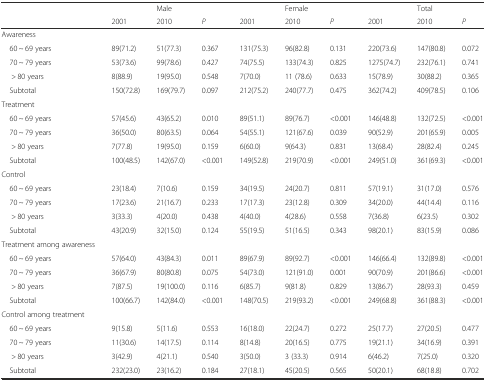
<table><thead><tr><td></td><td></td><td><b>Male</b></td><td></td><td></td><td><b>Female</b></td><td></td><td></td><td><b>Total</b></td><td></td></tr><tr><td></td><td><b>2001</b></td><td><b>2010</b></td><td><b><i>P</i></b></td><td><b>2001</b></td><td><b>2010</b></td><td><b><i>P</i></b></td><td><b>2001</b></td><td><b>2010</b></td><td><b><i>P</i></b></td></tr></thead><tbody><tr><td>Awareness</td><td></td><td></td><td></td><td></td><td></td><td></td><td></td><td></td><td></td></tr><tr><td> 60 ~ 69 years</td><td>89(71.2)</td><td>51(77.3)</td><td>0.367</td><td>131(75.3)</td><td>96(82.8)</td><td>0.131</td><td>220(73.6)</td><td>147(80.8)</td><td>0.072</td></tr><tr><td> 70 ~ 79 years</td><td>53(73.6)</td><td>99(78.6)</td><td>0.427</td><td>74(75.5)</td><td>133(74.3)</td><td>0.825</td><td>1275(74.7)</td><td>232(76.1)</td><td>0.741</td></tr><tr><td>&gt; 80 years</td><td>8(88.9)</td><td>19(95.0)</td><td>0.548</td><td>7(70.0)</td><td>11 (78.6)</td><td>0.633</td><td>15(78.9)</td><td>30(88.2)</td><td>0.365</td></tr><tr><td> Subtotal</td><td>150(72.8)</td><td>169(79.7)</td><td>0.097</td><td>212(75.2)</td><td>240(77.7)</td><td>0.475</td><td>362(74.2)</td><td>409(78.5)</td><td>0.106</td></tr><tr><td>Treatment</td><td></td><td></td><td></td><td></td><td></td><td></td><td></td><td></td><td></td></tr><tr><td> 60 ~ 69 years</td><td>57(45.6)</td><td>43(65.2)</td><td>0.010</td><td>89(51.1)</td><td>89(76.7)</td><td>&lt;0.001</td><td>146(48.8)</td><td>132(72.5)</td><td>&lt;0.001</td></tr><tr><td> 70 ~ 79 years</td><td>36(50.0)</td><td>80(63.5)</td><td>0.064</td><td>54(55.1)</td><td>121(67.6)</td><td>0.039</td><td>90(52.9)</td><td>201(65.9)</td><td>0.005</td></tr><tr><td>&gt; 80 years</td><td>7(77.8)</td><td>19(95.0)</td><td>0.159</td><td>6(60.0)</td><td>9(64.3)</td><td>0.831</td><td>13(68.4)</td><td>28(82.4)</td><td>0.245</td></tr><tr><td> Subtotal</td><td>100(48.5)</td><td>142(67.0)</td><td>&lt;0.001</td><td>149(52.8)</td><td>219(70.9)</td><td>&lt;0.001</td><td>249(51.0)</td><td>361(69.3)</td><td>&lt;0.001</td></tr><tr><td>Control</td><td></td><td></td><td></td><td></td><td></td><td></td><td></td><td></td><td></td></tr><tr><td> 60 ~ 69 years</td><td>23(18.4)</td><td>7(10.6)</td><td>0.159</td><td>34(19.5)</td><td>24(20.7)</td><td>0.811</td><td>57(19.1)</td><td>31(17.0)</td><td>0.576</td></tr><tr><td> 70 ~ 79 years</td><td>17(23.6)</td><td>21(16.7)</td><td>0.233</td><td>17(17.3)</td><td>23(12.8)</td><td>0.309</td><td>34(20.0)</td><td>44(14.4)</td><td>0.116</td></tr><tr><td>&gt; 80 years</td><td>3(33.3)</td><td>4(20.0)</td><td>0.438</td><td>4(40.0)</td><td>4(28.6)</td><td>0.558</td><td>7(36.8)</td><td>6(23.5)</td><td>0.302</td></tr><tr><td> Subtotal</td><td>43(20.9)</td><td>32(15.0)</td><td>0.124</td><td>55(19.5)</td><td>51(16.5)</td><td>0.343</td><td>98(20.1)</td><td>83(15.9)</td><td>0.086</td></tr><tr><td>Treatment among awareness</td><td></td><td></td><td></td><td></td><td></td><td></td><td></td><td></td><td></td></tr><tr><td> 60 ~ 69 years</td><td>57(64.0)</td><td>43(84.3)</td><td>0.011</td><td>89(67.9)</td><td>89(92.7)</td><td>&lt;0.001</td><td>146(66.4)</td><td>132(89.8)</td><td>&lt;0.001</td></tr><tr><td> 70 ~ 79 years</td><td>36(67.9)</td><td>80(80.8)</td><td>0.075</td><td>54(73.0)</td><td>121(91.0)</td><td>0.001</td><td>90(70.9)</td><td>201(86.6)</td><td>&lt;0.001</td></tr><tr><td>&gt; 80 years</td><td>7(87.5)</td><td>19(100.0)</td><td>0.116</td><td>6(85.7)</td><td>9(81.8)</td><td>0.829</td><td>13(86.7)</td><td>28(93.3)</td><td>0.459</td></tr><tr><td> Subtotal</td><td>100(66.7)</td><td>142(84.0)</td><td>&lt;0.001</td><td>148(70.5)</td><td>219(93.2)</td><td>&lt;0.001</td><td>249(68.8)</td><td>361(88.3)</td><td>&lt;0.001</td></tr><tr><td>Control among treatment</td><td></td><td></td><td></td><td></td><td></td><td></td><td></td><td></td><td></td></tr><tr><td> 60 ~ 69 years</td><td>9(15.8)</td><td>5(11.6)</td><td>0.553</td><td>16(18.0)</td><td>22(24.7)</td><td>0.272</td><td>25(17.7)</td><td>27(20.5)</td><td>0.477</td></tr><tr><td> 70 ~ 79 years</td><td>11(30.6)</td><td>14(17.5)</td><td>0.114</td><td>8(14.8)</td><td>20(16.5)</td><td>0.775</td><td>19(21.1)</td><td>34(16.9)</td><td>0.391</td></tr><tr><td>&gt; 80 years</td><td>3(42.9)</td><td>4(21.1)</td><td>0.540</td><td>3(50.0)</td><td>3 (33.3)</td><td>0.914</td><td>6(46.2)</td><td>7(25.0)</td><td>0.320</td></tr><tr><td> Subtotal</td><td>232(23.0)</td><td>23(16.2)</td><td>0.184</td><td>27(18.1)</td><td>45(20.5)</td><td>0.565</td><td>50(20.1)</td><td>68(18.8)</td><td>0.702</td></tr></tbody></table>